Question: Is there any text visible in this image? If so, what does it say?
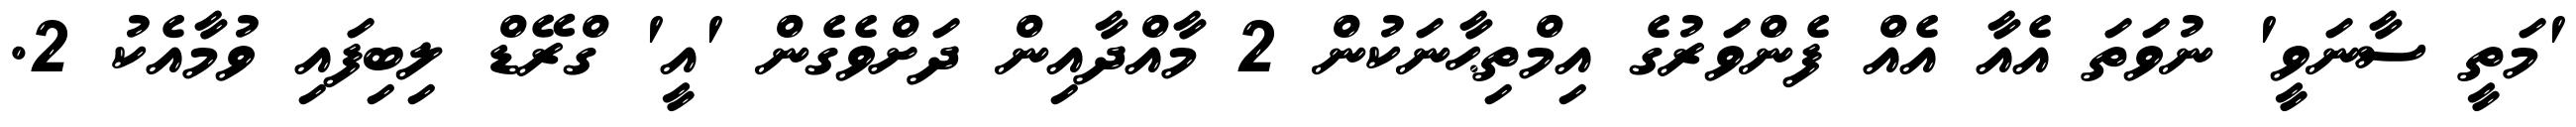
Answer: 'މަތީ ސާނަވީ' ނުވަތަ އެއާ އެއް ފެންވަރުގެ އިމްތިޙާނަކުން 2 މާއްދާއިން ދަށްވެގެން 'އީ' ގްރޭޑް ލިބިފައި ވުމާއެކު 2.